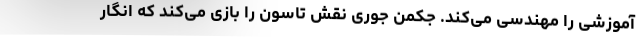
آموزشی را مهندسی می‌کند. جکمن جوری نقش تاسون را بازی می‌کند که انگار